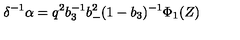
\delta ^ { - 1 } \alpha = q ^ { 2 } b _ { 3 } ^ { - 1 } b _ { - } ^ { 2 } ( 1 - b _ { 3 } ) ^ { - 1 } \Phi _ { 1 } ( Z )